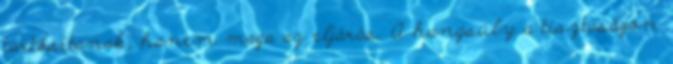
tartósítanak, hanem maga az eljárás. A hangsúly a tisztaságon